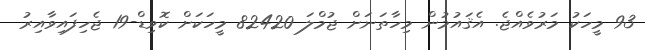
93 މީހަކު މަރުވެއްޖެ. އެޤައުމުން މިހާތަނަށް ޖުމްލަ 82420 މީހަކަށް ކޮވިޑް-19 ޖެހިފައިވާއިރު